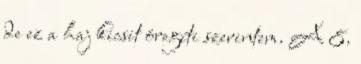
de ez a haj kicsit öregíti szerintem. A 8.